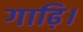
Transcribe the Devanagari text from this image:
गाढ़ि।